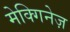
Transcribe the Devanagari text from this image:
मेक्गिनेज़